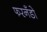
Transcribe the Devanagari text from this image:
फरनँडो